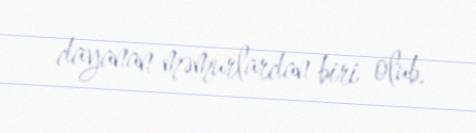
dayanan məmurlardan biri olub.